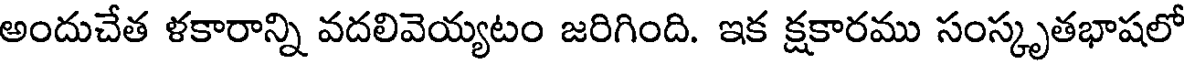
అందుచేత ళకారాన్ని వదలివెయ్యటం జరిగింది. ఇక క్షకారము సంస్కృతభాషలో